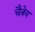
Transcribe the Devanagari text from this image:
चैत्रेय